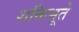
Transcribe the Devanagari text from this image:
शक्तिभूते